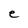
Character: e